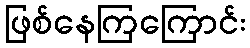
ဖြစ်နေကြကြောင်း